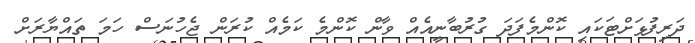
ދަރިފުޅަށްޓަކައި ކޮންމެފަދަ ގުރުބާނީއެއް ވާން ކޮންމެ ކަމެއް ކުރަން ޖެހުނަސް ހަމަ ތައްޔާރަށް